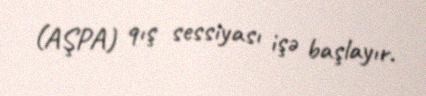
(AŞPA) qış sessiyası işə başlayır.